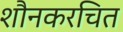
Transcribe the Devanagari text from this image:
शौनकरचित